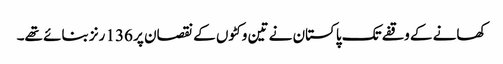
کھانے کے وقفے تک پاکستان نے تین وکٹوں کے نقصان پر 136 رنز بنائے تھے۔